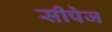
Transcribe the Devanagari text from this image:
सीपेज